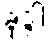
ခုဒ္ဒါ